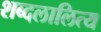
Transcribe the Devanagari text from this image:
शब्दलालित्य